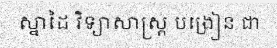
ស្នាដៃ វិទ្យាសាស្ត្រ បង្រៀន ជា